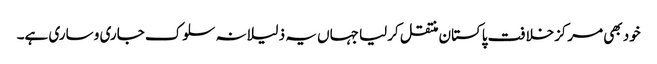
خود بھی مرکزخلافت پاکستان منتقل کرلیا جہاں یہ ذلیلانہ سلوک جاری و ساری ہے۔